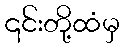
၎င်းတို့ထံမှ